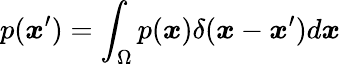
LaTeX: \displaystyle p(\boldsymbol{x}^{\prime})=\int_{\Omega}p(\boldsymbol{x})\delta(\boldsymbol{x}-\boldsymbol{x}^{\prime})d\boldsymbol{x}